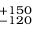
^ { + 1 5 0 } _ { - 1 2 0 }